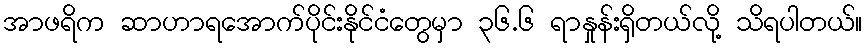
အာဖရိက ဆာဟာရအောက်ပိုင်းနိုင်ငံတွေမှာ ၃၆.၆ ရာနှုန်းရှိတယ်လို့ သိရပါတယ်။